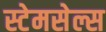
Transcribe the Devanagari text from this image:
स्टेमसेल्स